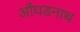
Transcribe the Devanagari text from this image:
औंघडनाथ